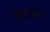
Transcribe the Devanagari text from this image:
वेलूएशन